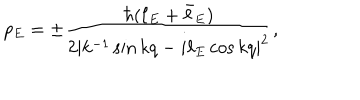
p _ { E } = \pm { \frac { \hbar ( \ell _ { E } + \bar { \ell } _ { E } ) } { 2 | k ^ { - 1 } \sin k q - i \ell _ { E } \cos k q | ^ { 2 } } } ,